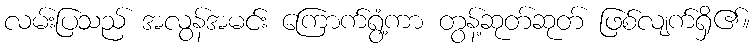
လမ်းပြသည် အလွန်အမင်း ကြောက်ရွံ့ကာ တွန့်ဆုတ်ဆုတ် ဖြစ်လျက်ရှိ၏။